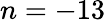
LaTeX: n=-13